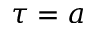
\tau = a